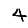
Digit: 4